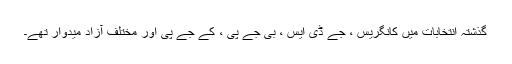
گذشتہ انتخابات میں کانگریس ، جے ڈی ایس ، بی جے پی ، کے جے پی اور مختلف آزاد میدوار تھے۔